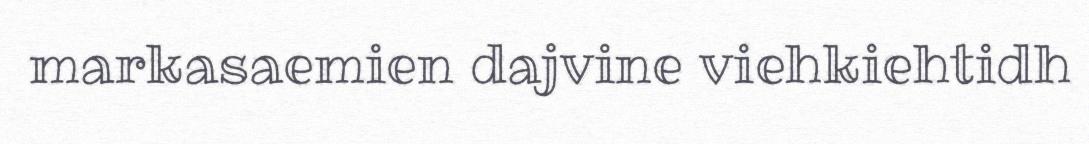
markasaemien dajvine viehkiehtidh